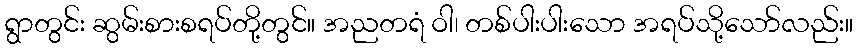
ရွာတွင်း ဆွမ်းစားစရပ်တို့တွင်။ အညတရံ ဝါ၊ တစ်ပါးပါးသော အရပ်သို့သော်လည်း။